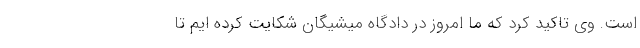
است. وی تاکید کرد که ما امروز در دادگاه میشیگان شکایت کرده ایم تا